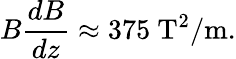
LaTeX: B{\frac{dB}{dz}}\approx 375\ \mathrm{T^{2}/m}.